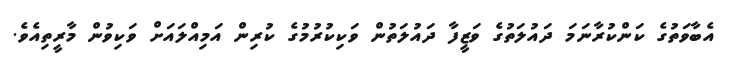
އެބާވަތުގެ ކަންކުރާނަމަ ދައުލަތުގެ ވަޒީފާ ދައުލަތުން ވަކިކުރުމުގެ ކުރިން އަމިއްލައަށް ވަކިވުން މާރީތިއެވެ.